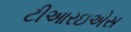
ટીઆરઇએસ